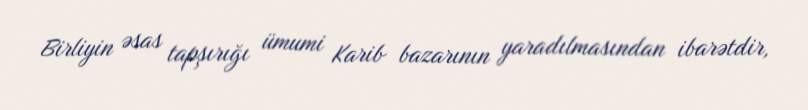
Birliyin əsas tapşırığı ümumi Karib bazarının yaradılmasından ibarətdir,